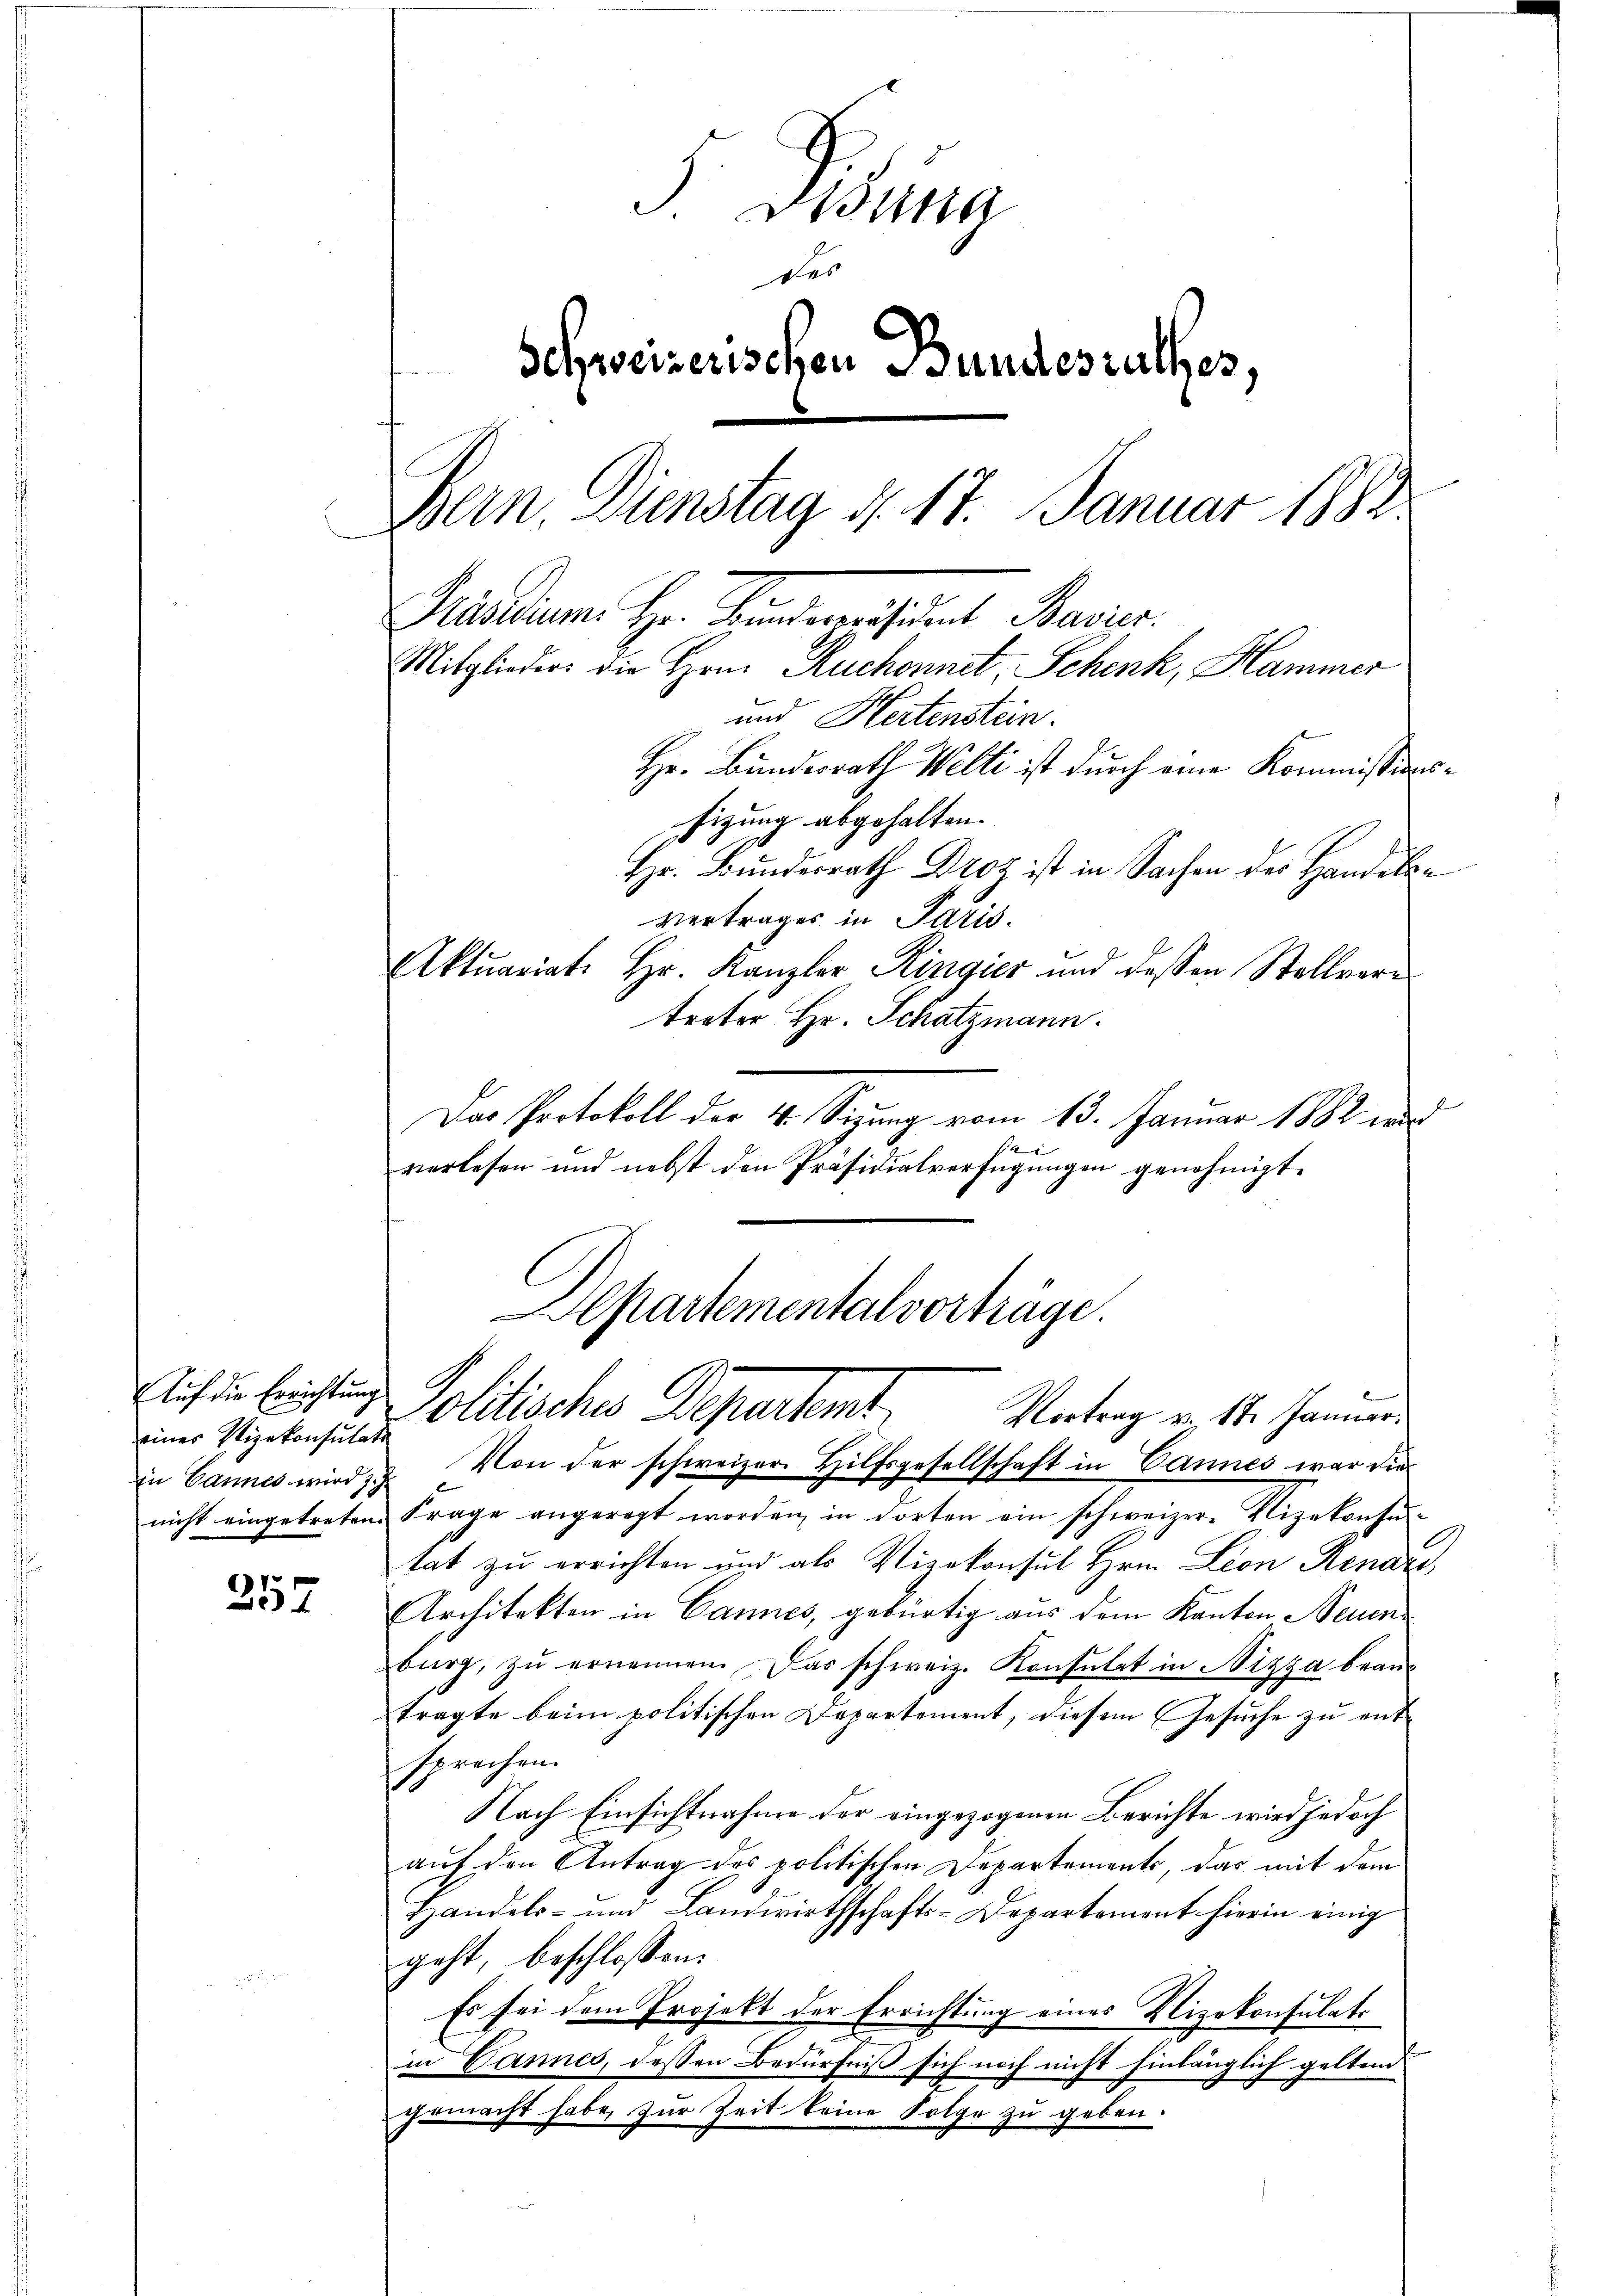
eines Stizekonsulate

61
4

5. Disena
des
Schweizerischen Bundesrathes,
Bern. Dienstag d. 17. Januar 1882.
Mindem Hrn. Kindemeistent Studir
Mitglieders die Hrn. Ruchonnet, Schenk, Hammer
und Hertenstein.
Hr. Bundesrath Welti ist durch eine Kommissionssizung abgehalten.
Hr. Bundesrath Droz ist in Sachen der Handeln
Vertrages in Paris.
Aktuariat. Hr. Kanzler Ringier und dessen Stellvere
treter Hr. Schatzmann.

Das Protokoll der 4. Sizung vom 13. Januar 1882 wurd
verlesen und nebst den Präsidialverfügungen genehmigt.
Apartemental vorträge.

nicht eingetreten Frage angeregt worden, in dorten ein schweizer. Vizekonsu-
tat zu errichten und als Vizekonsul Hrn. Leon Renaz,
Architekten in Cannes, gebürtig aus dem Kanton Neuenburg, zŭ ernennen. Das schweiz. Konsulat in Nizza beantragte beim politischen Departement, diesem Gesuche zu entsprechen.
Nach Einsichtnahme der eingezogenen Berichte wird jedoch
auf den Antrag des politischen Departements, das mit dem
Handels- und Landwirthschafts-Departement hierin einig
geht, beschlossen:
Es sei dem Projekt der Errichtung eines Vizekonsulats
in Dannes, dessen Bedürfniß sich noch nicht hinlänglich geltend
gemacht habe, zur Zeit keine Folge zu geben.

Auf den Erichtung Politisches Departemt
Vortrag v. 18. Januar.
In Cannes wird, 2. Von der schweizer. Hilfsgesellschaft in Cannes war die